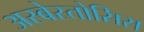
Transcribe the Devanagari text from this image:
अस्बेस्तोसिस